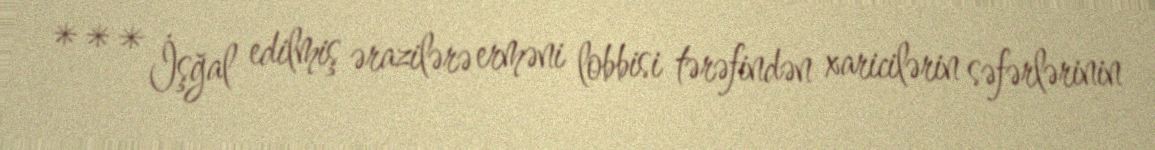
*** İşğal edilmiş ərazilərə erməni lobbisi tərəfindən xaricilərin səfərlərinin